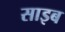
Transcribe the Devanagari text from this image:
साइब